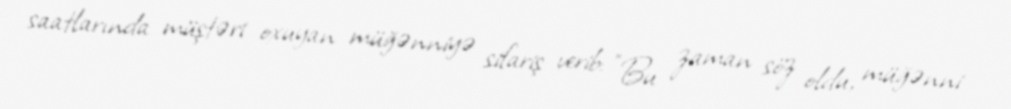
saatlarında müştəri oxuyan müğənniyə sifariş verib: "Bu zaman söz oldu, müğənni